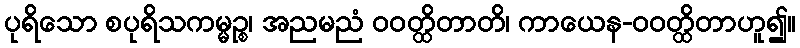
ပုရိသော စပုရိသကမ္မဉ္စ၊ အညမညံ ဝဝတ္ထိတာတိ၊ ကာယေန-ဝဝတ္ထိတာဟူ၍။